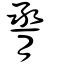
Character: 脀